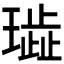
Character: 𰢐